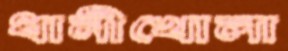
ধানীখোলা